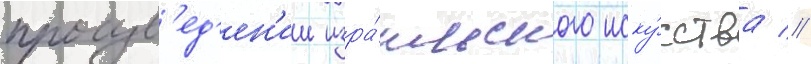
произв'ед'ен'ии изра́ильского иску́сства //